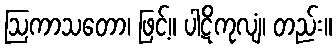
ဩကာသတော၊ ဖြင့်။ ပါဋိကုလျံ၊ တည်း။